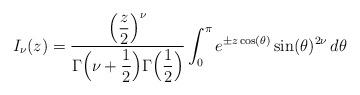
LaTeX: \begin{align*}I_\nu(z) = \frac{\Bigl(\dfrac{z}{2}\Bigr)^\nu}{\Gamma\Bigl(\nu + \dfrac{1}{2}\Bigr) \Gamma\Bigl(\dfrac{1}{2}\Bigr)} \int_0^\pi e^{\pm z \cos(\theta)} \sin(\theta)^{2 \nu} \, d \theta\end{align*}